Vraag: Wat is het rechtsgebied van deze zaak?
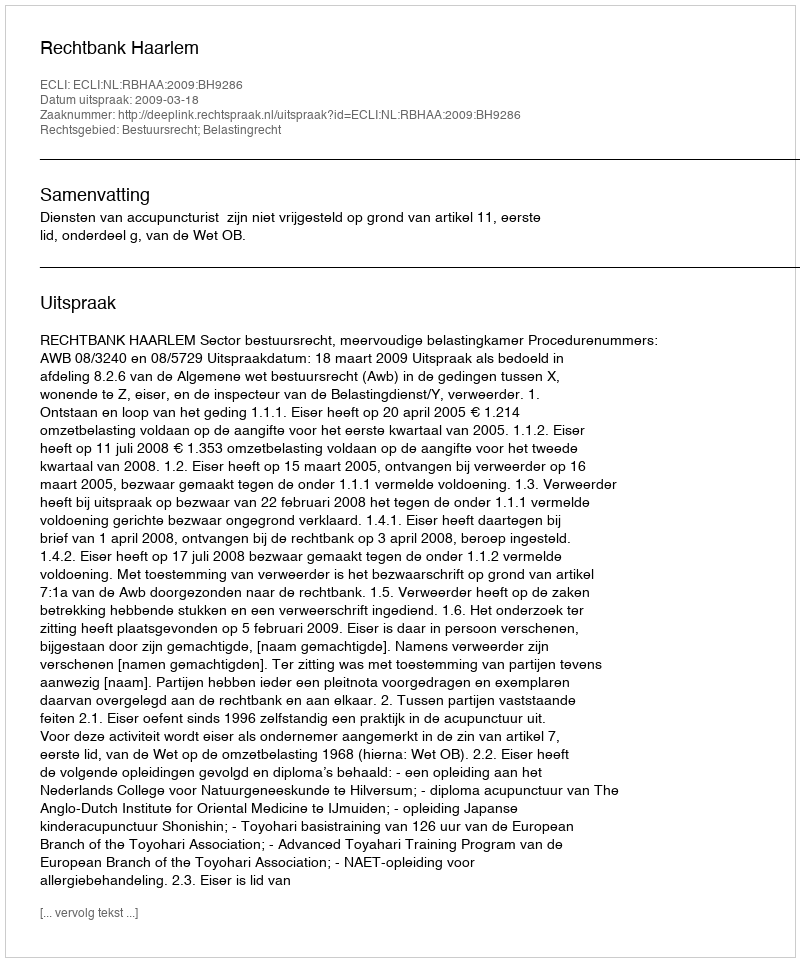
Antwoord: Bestuursrecht; Belastingrecht